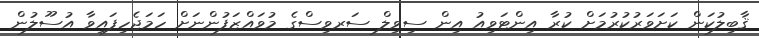
ޤާބިލުކަން ކަށަވަރުކުރުމަށް ކުރާ އިންޓަވިއު އިން ސިވިލް ސަރވިސްގެ މުވައްޒަފުންނަށް ހަމަޖެހިފައިވާ އުސޫލުން